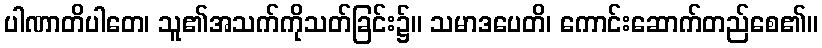
ပါဏာတိပါတေ၊ သူ၏အသက်ကိုသတ်ခြင်း၌။ သမာဒပေတိ၊ ကောင်းဆောက်တည်စေ၏။